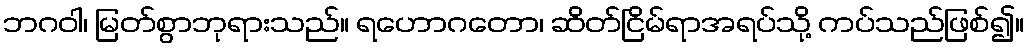
ဘဂဝါ၊ မြတ်စွာဘုရားသည်။ ရဟောဂတော၊ ဆိတ်ငြိမ်ရာအရပ်သို့ ကပ်သည်ဖြစ်၍။